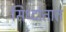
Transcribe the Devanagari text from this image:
सिध्दांतात